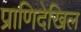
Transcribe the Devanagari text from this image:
प्राणिदेखिल